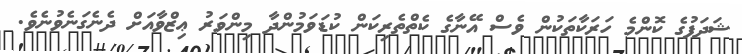
ޝަދަފުގެ ކޮންމެ ހަރަކާތަކުން ވެސް އޭނާގެ ކެތްތެރިކަން ކުޑަވަމުންދާ މިންވަރު ޢިޒްވާއަށް ދެނެގަނެވުނެވެ.